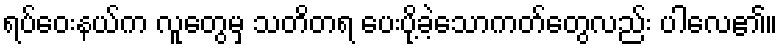
ရပ်ဝေးနယ်က လူတွေမှ သတိတရ ပေးပို့ခဲ့သောကတ်တွေလည်း ပါလေ၏။